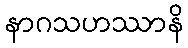
နာဂသဟဿာနိ